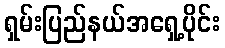
ရှမ်းပြည်နယ်အရှေ့ပိုင်း